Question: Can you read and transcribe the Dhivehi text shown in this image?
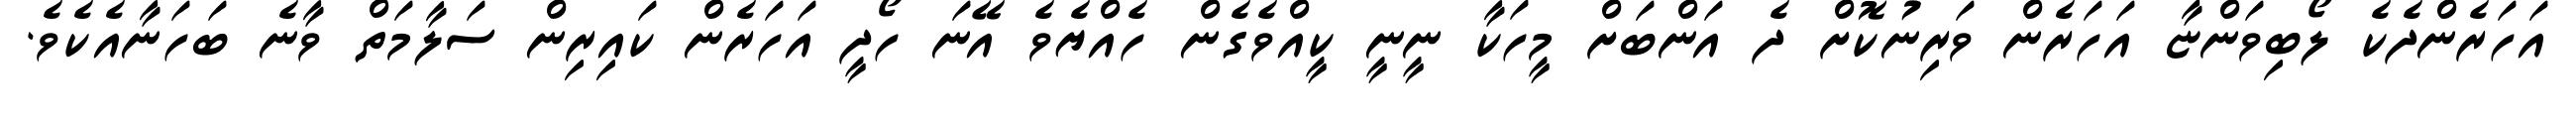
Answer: އަހަރެންދެކެ ލޯބިވަންޏާ އަހަރެން ވަރިނުކޮށް ދެ އަންބަށް މީހަކާ ނީނީ ކީއްވެގެން ހެއްޔެވެ އޭނަ ހޯދީ އަހަރެން ކައިރިން ސަލާމަތް ވާނެ ބަހަނާއެކެވެ.